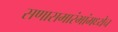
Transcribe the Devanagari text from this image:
सणासमारंभांमध्येच